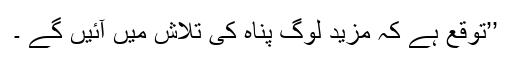
’’توقع ہے کہ مزید لوگ پناہ کی تلاش میں آئیں گے ۔